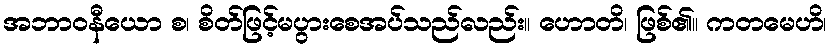
အဘာဝနီယော စ၊ စိတ်ဖြင့်မပွားစေအပ်သည်လည်း။ ဟောတိ၊ ဖြစ်၏။ ကတမေဟိ၊